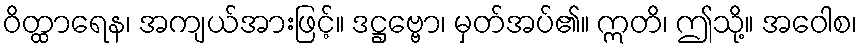
ဝိတ္ထာရေန၊ အကျယ်အားဖြင့်။ ဒဋ္ဌဗ္ဗော၊ မှတ်အပ်၏။ ဣတိ၊ ဤသို့။ အဝေါစ၊